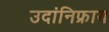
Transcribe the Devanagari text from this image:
उदांनिफ्राय